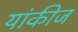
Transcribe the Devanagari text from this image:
यांकीज